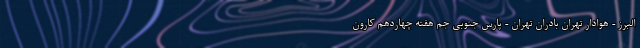
البرز - هوادار تهران بادران تهران - پارس جنوبی جم هفته چهاردهم کارون